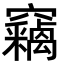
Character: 竊